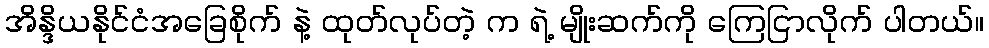
အိန္ဒိယနိုင်ငံအခြေစိုက် နဲ့ ထုတ်လုပ်တဲ့ က ရဲ့ မျိုးဆက်ကို ကြေငြာလိုက် ပါတယ်။